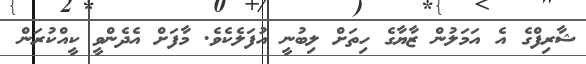
ޝާރިފްގެ އެ އަމަލުން ޒާޔާގެ ހިތަށް ލިބުނީ އުފަލެކެވެ. މާފަށް އެދެންވީ ކީއްކުރަން